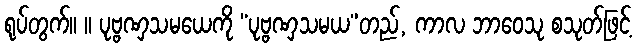
ရုပ်တွက်။ ။ ပုဗ္ဗဏှသမယေကို “ပုဗ္ဗဏှသမယ”တည်, ကာလ ဘာဝေသု စသုတ်ဖြင့်